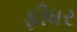
ફીધર